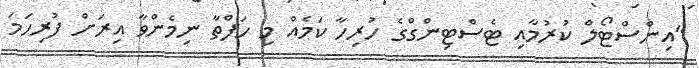
"އިންސްޓޯލް ކުރުމާއި ޓެސްޓިންގްގެ ހުރިހާ ކަމެއް މި ހަފްތާ ނިމެންވާ އިރަށް ފުރިހަމަ